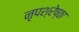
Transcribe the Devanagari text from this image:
नृपश्रेष्ठा